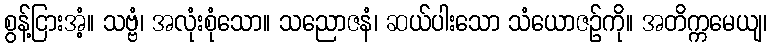
စွန့်ငြားအံ့။ သဗ္ဗံ၊ အလုံးစုံသော။ သညောဇနံ၊ ဆယ်ပါးသော သံယောဇဉ်ကို။ အတိက္ကမေယျ၊